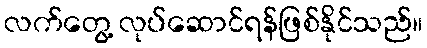
လက်တွေ့ လုပ်ဆောင်ရန်ဖြစ်နိုင်သည်။